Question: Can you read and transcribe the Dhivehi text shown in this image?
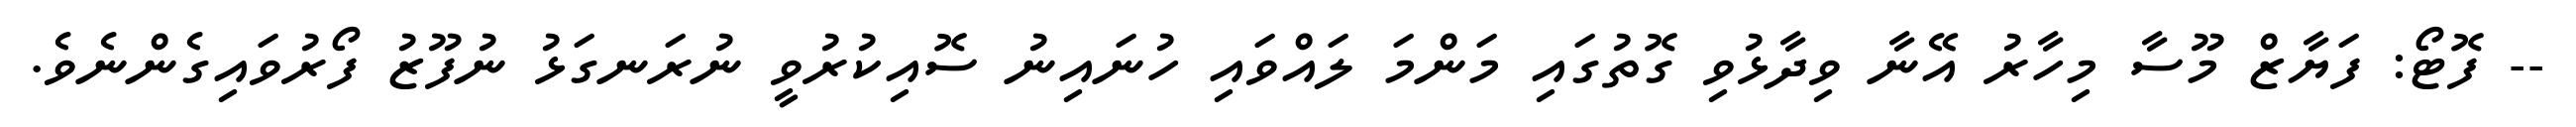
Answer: -- ފޮޓޯ: ފަޔާޒް މޫސާ މިހާރު އޭނާ ވިދާޅުވި ގޮތުގައި މަންމަ ލައްވައި ހުނައިނު ސޮއިކުރުވީ ނުރަނގަޅު ނުފޫޒު ފޯރުވައިގެންނެވެ.